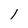
Character: 1